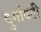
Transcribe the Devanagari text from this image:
दुर्गावटी